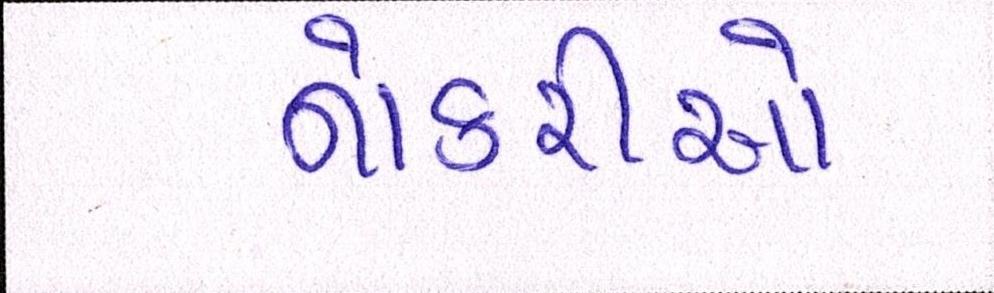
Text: નોકરીઓ